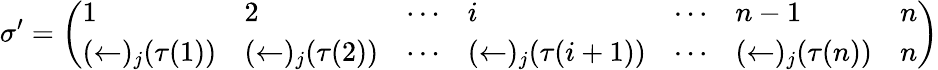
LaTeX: \sigma^{\prime}={\left(\begin{array}{lllllll}{1}&{2}&{\cdots}&{i}&{\cdots}&{n-1}&{n}\\ {(\leftarrow)_{j}(\tau(1))}&{(\leftarrow)_{j}(\tau(2))}&{\cdots}&{(\leftarrow)_{j}(\tau(i+1))}&{\cdots}&{(\leftarrow)_{j}(\tau(n))}&{n}\end{array}\right)}